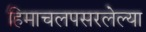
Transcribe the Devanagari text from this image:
हिमाचलपसरलेल्या